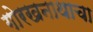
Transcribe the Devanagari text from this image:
गोरखनाथाचा